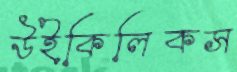
উইকিলিকস